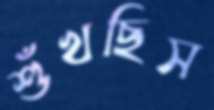
শুঁখছিস